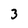
Character: 3